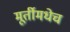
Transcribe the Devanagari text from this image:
मूर्तीमधेच